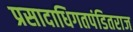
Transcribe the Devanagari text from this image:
प्रसादाधिगतपंडितराज